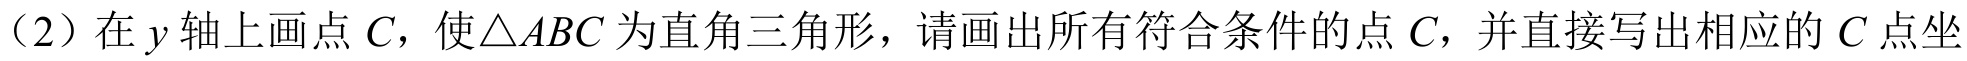
（2）在 \(y\) 轴上画点 \(C\)，使\(\triangle ABC\) 为直角三角形，请画出所有符合条件的点 \(C\)，并直接写出相应的 \(C\) 点坐